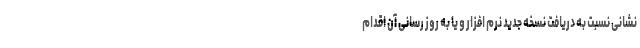
نشانی نسبت به دریافت نسخه جدید نرم افزار و یا به روز رسانی آن اقدام